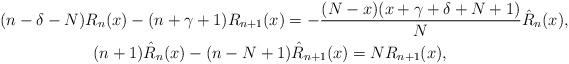
LaTeX: \begin{gather*} (n-\delta-N) R_n(x) - (n+\gamma+1) R_{n+1}(x) =- \frac{(N-x)(x+\gamma+\delta+N+1)}{N} \hat R_{n}(x), \\ (n+1) \hat R_{n}(x) -(n-N+1) \hat R_{n+1}(x) = N R_{n+1}(x),\end{gather*}